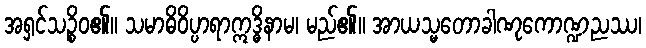
အရှင်သဉ္စိဝ၏။ သမာဓိဝိပ္ပာရာဣဒ္ဓိနာမ၊ မည်၏။ အာယသ္မတောခါဏုကောဏ္ဍညဿ၊